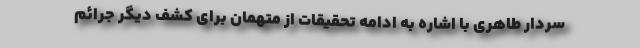
سردار طاهری با اشاره به ادامه تحقیقات از متهمان برای کشف دیگر جرائم